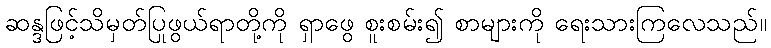
ဆန္ဒဖြင့်သိမှတ်ပြုဖွယ်ရာတို့ကို ရှာဖွေ စူးစမ်း၍ စာများကို ရေးသားကြလေသည်။